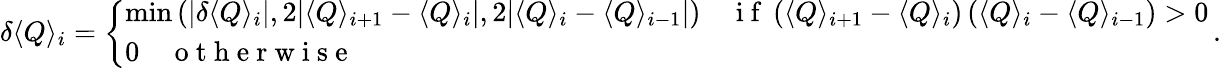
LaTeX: \delta\langle Q\rangle_{i}=\left\{ \begin{array}{ll}{\mathrm{min}\left(|\delta\langle Q\rangle_{i}|,2|\langle Q\rangle_{i+1}-\langle Q\rangle_{i}|,2|\langle Q\rangle_{i}-\langle Q\rangle_{i-1}|\right)\quad\mathrm{~i~f~}\left(\langle Q\rangle_{i+1}-\langle Q\rangle_{i}\right)\left(\langle Q\rangle_{i}-\langle Q\rangle_{i-1}\right)>0}\\ {0\quad\mathrm{~o~t~h~e~r~w~i~s~e~}}\end{array}\right.\, .